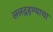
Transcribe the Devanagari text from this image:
ललद्रहण्याचा